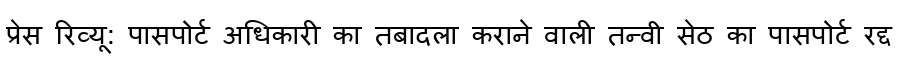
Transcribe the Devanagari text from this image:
प्रेस रिव्यू: पासपोर्ट अधिकारी का तबादला कराने वाली तन्वी सेठ का पासपोर्ट रद्द